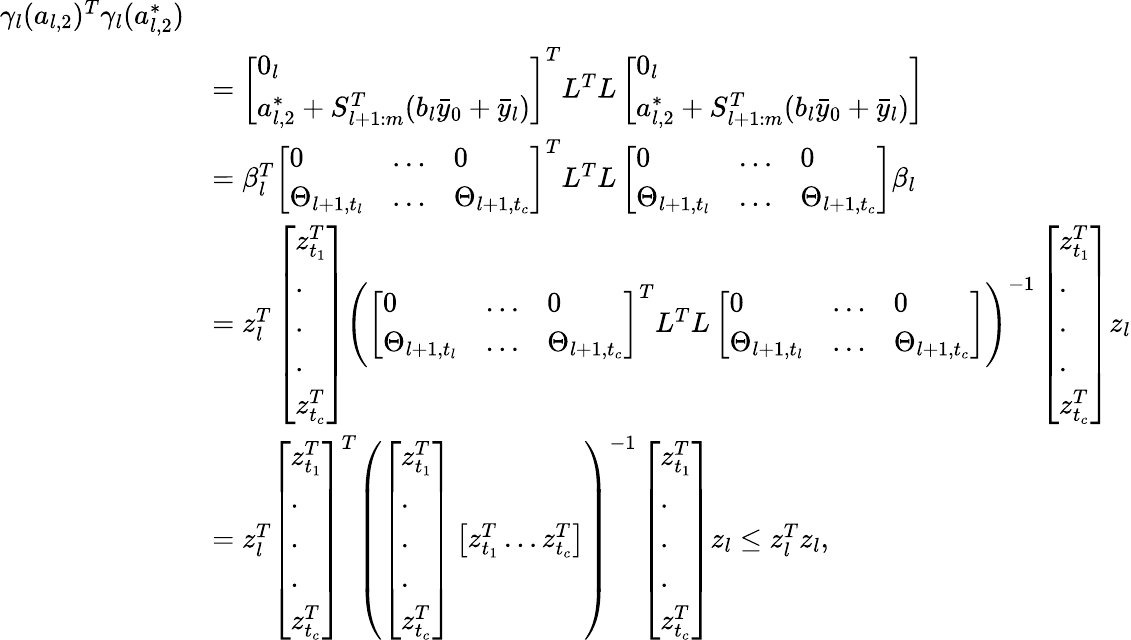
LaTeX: \begin{array}{rl}{\gamma_{l}(a_{l,2})^{T}\gamma_{l}(a_{l,2}^{*})}\\ &{=\left[\begin{array}{l}{0_{l}}\\ {a_{l,2}^{*}+S_{l+1:m}^{T}(b_{l}\bar{y}_{0}+\bar{y}_{l})}\end{array}\right]^{T}L^{T}L\left[\begin{array}{l}{0_{l}}\\ {a_{l,2}^{*}+S_{l+1:m}^{T}(b_{l}\bar{y}_{0}+\bar{y}_{l})}\end{array}\right]}\\ &{=\beta_{l}^{T}\left[\begin{array}{lll}{0}&{\dots}&{0}\\ {\Theta_{l+1,t_{l}}}&{\dots}&{\Theta_{l+1,t_{c}}}\end{array}\right]^{T}L^{T}L\left[\begin{array}{lll}{0}&{\dots}&{0}\\ {\Theta_{l+1,t_{l}}}&{\dots}&{\Theta_{l+1,t_{c}}}\end{array}\right]\beta_{l}}\\ &{=z_{l}^{T}\left[\begin{array}{l}{z_{t_{1}}^{T}}\\ {.}\\ {.}\\ {.}\\ {z_{t_{c}}^{T}}\end{array}\right]\left(\left[\begin{array}{lll}{0}&{\dots}&{0}\\ {\Theta_{l+1,t_{l}}}&{\dots}&{\Theta_{l+1,t_{c}}}\end{array}\right]^{T}L^{T}L\left[\begin{array}{lll}{0}&{\dots}&{0}\\ {\Theta_{l+1,t_{l}}}&{\dots}&{\Theta_{l+1,t_{c}}}\end{array}\right]\right)^{-1}\left[\begin{array}{l}{z_{t_{1}}^{T}}\\ {.}\\ {.}\\ {.}\\ {z_{t_{c}}^{T}}\end{array}\right]z_{l}}\\ &{=z_{l}^{T}\left[\begin{array}{l}{z_{t_{1}}^{T}}\\ {.}\\ {.}\\ {.}\\ {z_{t_{c}}^{T}}\end{array}\right]^{T}\left(\left[\begin{array}{l}{z_{t_{1}}^{T}}\\ {.}\\ {.}\\ {.}\\ {z_{t_{c}}^{T}}\end{array}\right]\left[\begin{array}{l}{z_{t_{1}}^{T}\dots z_{t_{c}}^{T}}\end{array}\right]\right)^{-1}\left[\begin{array}{l}{z_{t_{1}}^{T}}\\ {.}\\ {.}\\ {.}\\ {z_{t_{c}}^{T}}\end{array}\right]z_{l}\leq z_{l}^{T}z_{l},}\end{array}